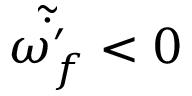
\tilde { \dot { \omega _ { f } ^ { \prime } } } < 0